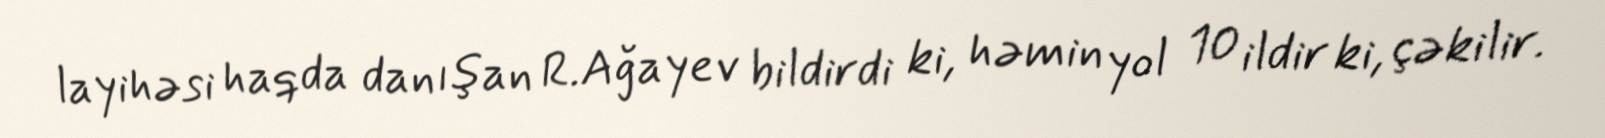
layihəsi haqda danışan R.Ağayev bildirdi ki, həmin yol 10 ildir ki, çəkilir.